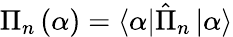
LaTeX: \Pi_{n}\left(\alpha\right)=\left\langle\alpha\right|\hat{\Pi}_{n}\left|\alpha\right\rangle